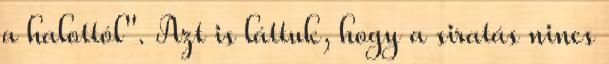
a halottól". Azt is láttuk, hogy a siratás nincs